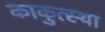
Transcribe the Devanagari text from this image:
काकुत्स्था